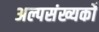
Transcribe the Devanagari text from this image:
अल्पसंख्यकोँ